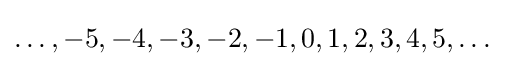
\dots ,-5,-4,-3,-2,-1,0,1,2,3,4,5,\dots